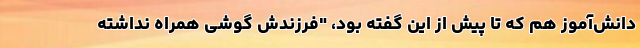
دانش‌آموز هم که تا پیش از این گفته بود، "فرزندش گوشی همراه نداشته